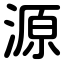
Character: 源